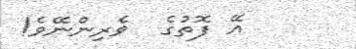
އޭ ފޮތުގެ  ވެރިންނޭވެ!